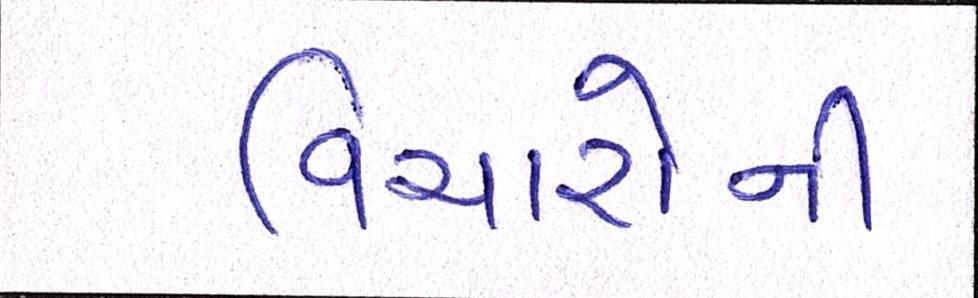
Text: વિચારોની